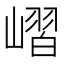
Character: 嶍